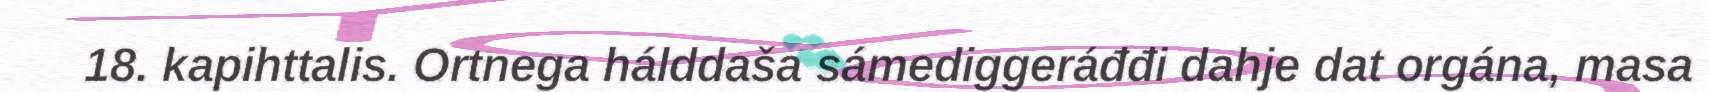
18. kapihttalis. Ortnega hálddaša sámediggeráđđi dahje dat orgána, masa